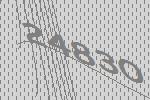
24830